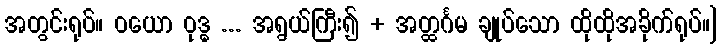
အတွင်းရုပ်။ ဝယော ဝုဒ္ဓ ... အရွယ်ကြီး၍ + အတ္ထင်္ဂမ ချုပ်သော ထိုထိုအခိုက်ရုပ်။]